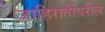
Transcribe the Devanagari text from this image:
जाहिरातींवरील